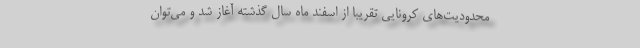
محدودیت‌های کرونایی تقریبا از اسفند ماه سال گذشته آغاز شد و می‌توان